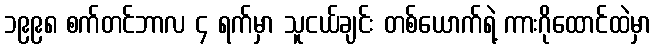
၁၉၉၈ စက်တင်ဘာလ ၄ ရက်မှာ သူငယ်ချင်း တစ်ယောက်ရဲ့ ကားဂိုထောင်ထဲမှာ